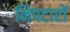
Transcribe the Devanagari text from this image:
निपटारों